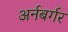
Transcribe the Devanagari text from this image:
अर्नबर्गर